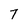
Character: 7